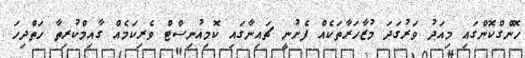
ހޮންގްކޮންގައި މިއަދު ވަރުގަދަ މުޒާހަރާތަކެއް ފެށުނީ ޗައިނާގައި ކޮމިއުނިސްޓް ވެރިކަމެއް ގާއިމްކުރިތާ ހަތްދިހަ